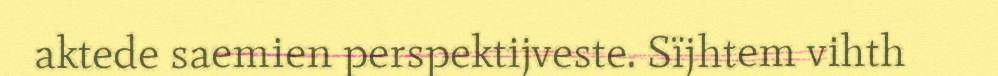
aktede saemien perspektijveste. Sïjhtem vihth